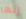
إنها